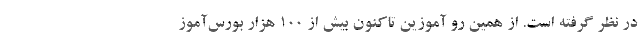
در نظر گرفته است. از همین رو آموزین تاکنون بیش از ۱۰۰ هزار بورس‌آموز